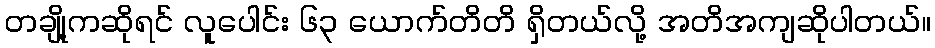
တချို့ကဆိုရင် လူပေါင်း ၆၃ ယောက်တိတိ ရှိတယ်လို့ အတိအကျဆိုပါတယ်။